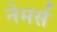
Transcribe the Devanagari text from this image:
नेमर्स